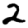
Digit: 2